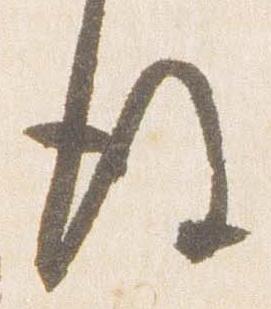
後